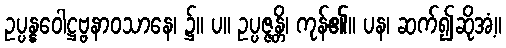
ဥပ္ပန္နဝေါဋ္ဌဗ္ဗနာဝသာနေ၊ ၌။ ပ။ ဥပ္ပဇ္ဇန္တိ၊ ကုန်၏။ ပန၊ ဆက်၍ဆိုအံ့။